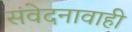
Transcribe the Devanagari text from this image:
संवेदनावाही